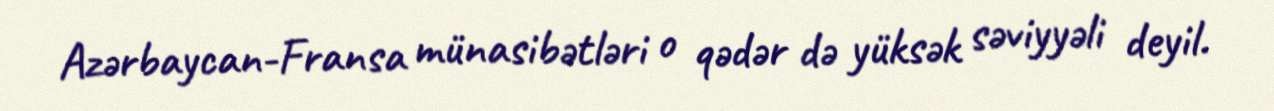
Azərbaycan-Fransa münasibətləri o qədər də yüksək səviyyəli deyil.